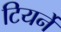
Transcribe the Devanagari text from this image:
टियर्ने